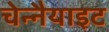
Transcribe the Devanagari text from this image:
चेन्नैयाइट